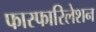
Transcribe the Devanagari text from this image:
फास्फारिलेशन